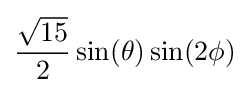
{\frac {\sqrt {15}}{2}}\sin(\theta )\sin(2\phi )